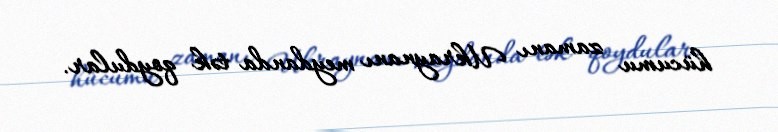
hücumu zamanı Ukraynanı meydanda tək qoydular.